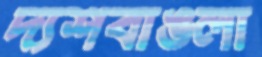
দ্যশবাঙলা